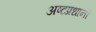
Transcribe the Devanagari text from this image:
अष्टप्रधानों